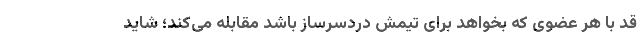
قد با هر عضوی که بخواهد برای تیمش دردسرساز باشد مقابله می‌کند؛ شاید